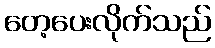
တေ့ပေးလိုက်သည်